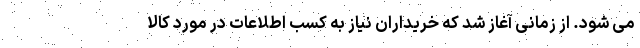
می شود. از زمانی آغاز شد که خریداران نیاز به کسب اطلاعات در مورد کالا